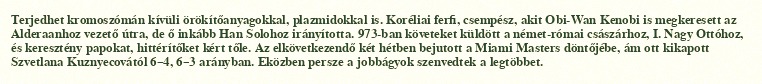
Terjedhet kromoszómán kívüli örökítőanyagokkal, plazmidokkal is. Koréliai ferfi, csempész, akit Obi-Wan Kenobi is megkeresett az Alderaanhoz vezető útra, de ő inkább Han Solohoz irányította. 973-ban követeket küldött a német-római császárhoz, I. Nagy Ottóhoz, és keresztény papokat, hittérítőket kért tőle. Az elkövetkezendő két hétben bejutott a Miami Masters döntőjébe, ám ott kikapott Szvetlana Kuznyecovától 6–4, 6–3 arányban. Eközben persze a jobbágyok szenvedtek a legtöbbet.